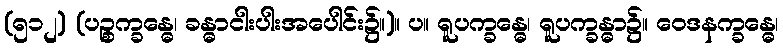
(၅၁၂) (ပဉ္စက္ခန္ဓေ၊ ခန္ဓာငါးပါးအပေါင်း၌။)။ ပ။ ရူပက္ခန္ဓေ၊ ရူပက္ခန္ဓာ၌။ ဝေဒနက္ခန္ဓေ၊